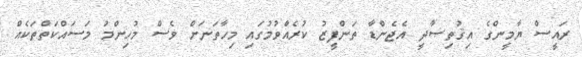
ރައީސް ޔާމީންގެ އިޤުތިޞާދީ އެޖެންޑާ ތަންފީޒު ކުރެއްވުމުގައި މިހާތަނަށް ވެސް މުހިންމު މަސައްކަތްތަކެއް